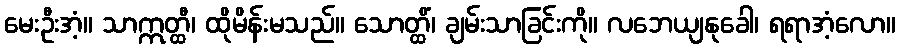
မေးဦးအံ့။ သာဣတ္ထီ၊ ထိုမိန်းမသည်။ သောတ္ထိံ၊ ချမ်းသာခြင်းကို။ လဘေယျနုခေါ၊ ရရာအံ့လော။